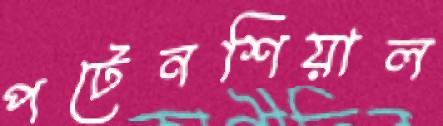
পটেনশিয়াল